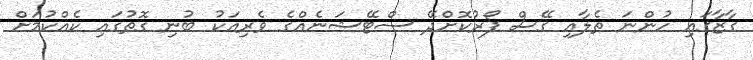
ގާޒާގައި ހުންނަ ތެލާއި ގޭސް ފޯރުކޮށްދޭ ސްޓޭޝަނެއްގެ ވެރިއަކު ބުނި ގޮތުގައި ކެއްކުމަށް